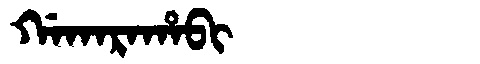
Manchu: ᡤᠠᡴᠠᡵᠠᡥᠠᠪᡳ
Romanization: GAKARAHABI